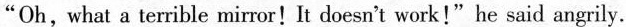
"Oh, what a terrible mirror!It doesn't work!" he said angrily.